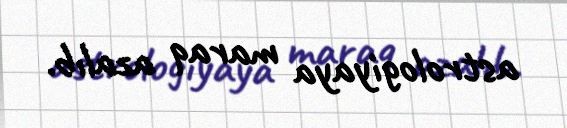
astrologiyaya maraq azalıb.